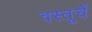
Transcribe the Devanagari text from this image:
वस्तूचें